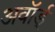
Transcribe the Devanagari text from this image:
अवॉर्ड्